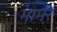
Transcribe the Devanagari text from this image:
मामरे